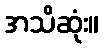
အသိဆုံး။